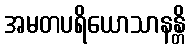
အမတပရိယောသာနန္တိ